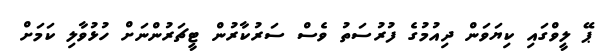
ޕޭ ލީވްގައި ކިޔަވަން ދިއުމުގެ ފުރުސަތު ވެސް ސަރުކާރުން ޓީޗަރުންނަށް ހުޅުވާލި ކަމަށް